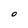
Character: O